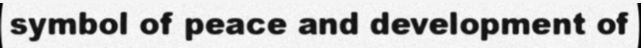
symbol of peace and development of